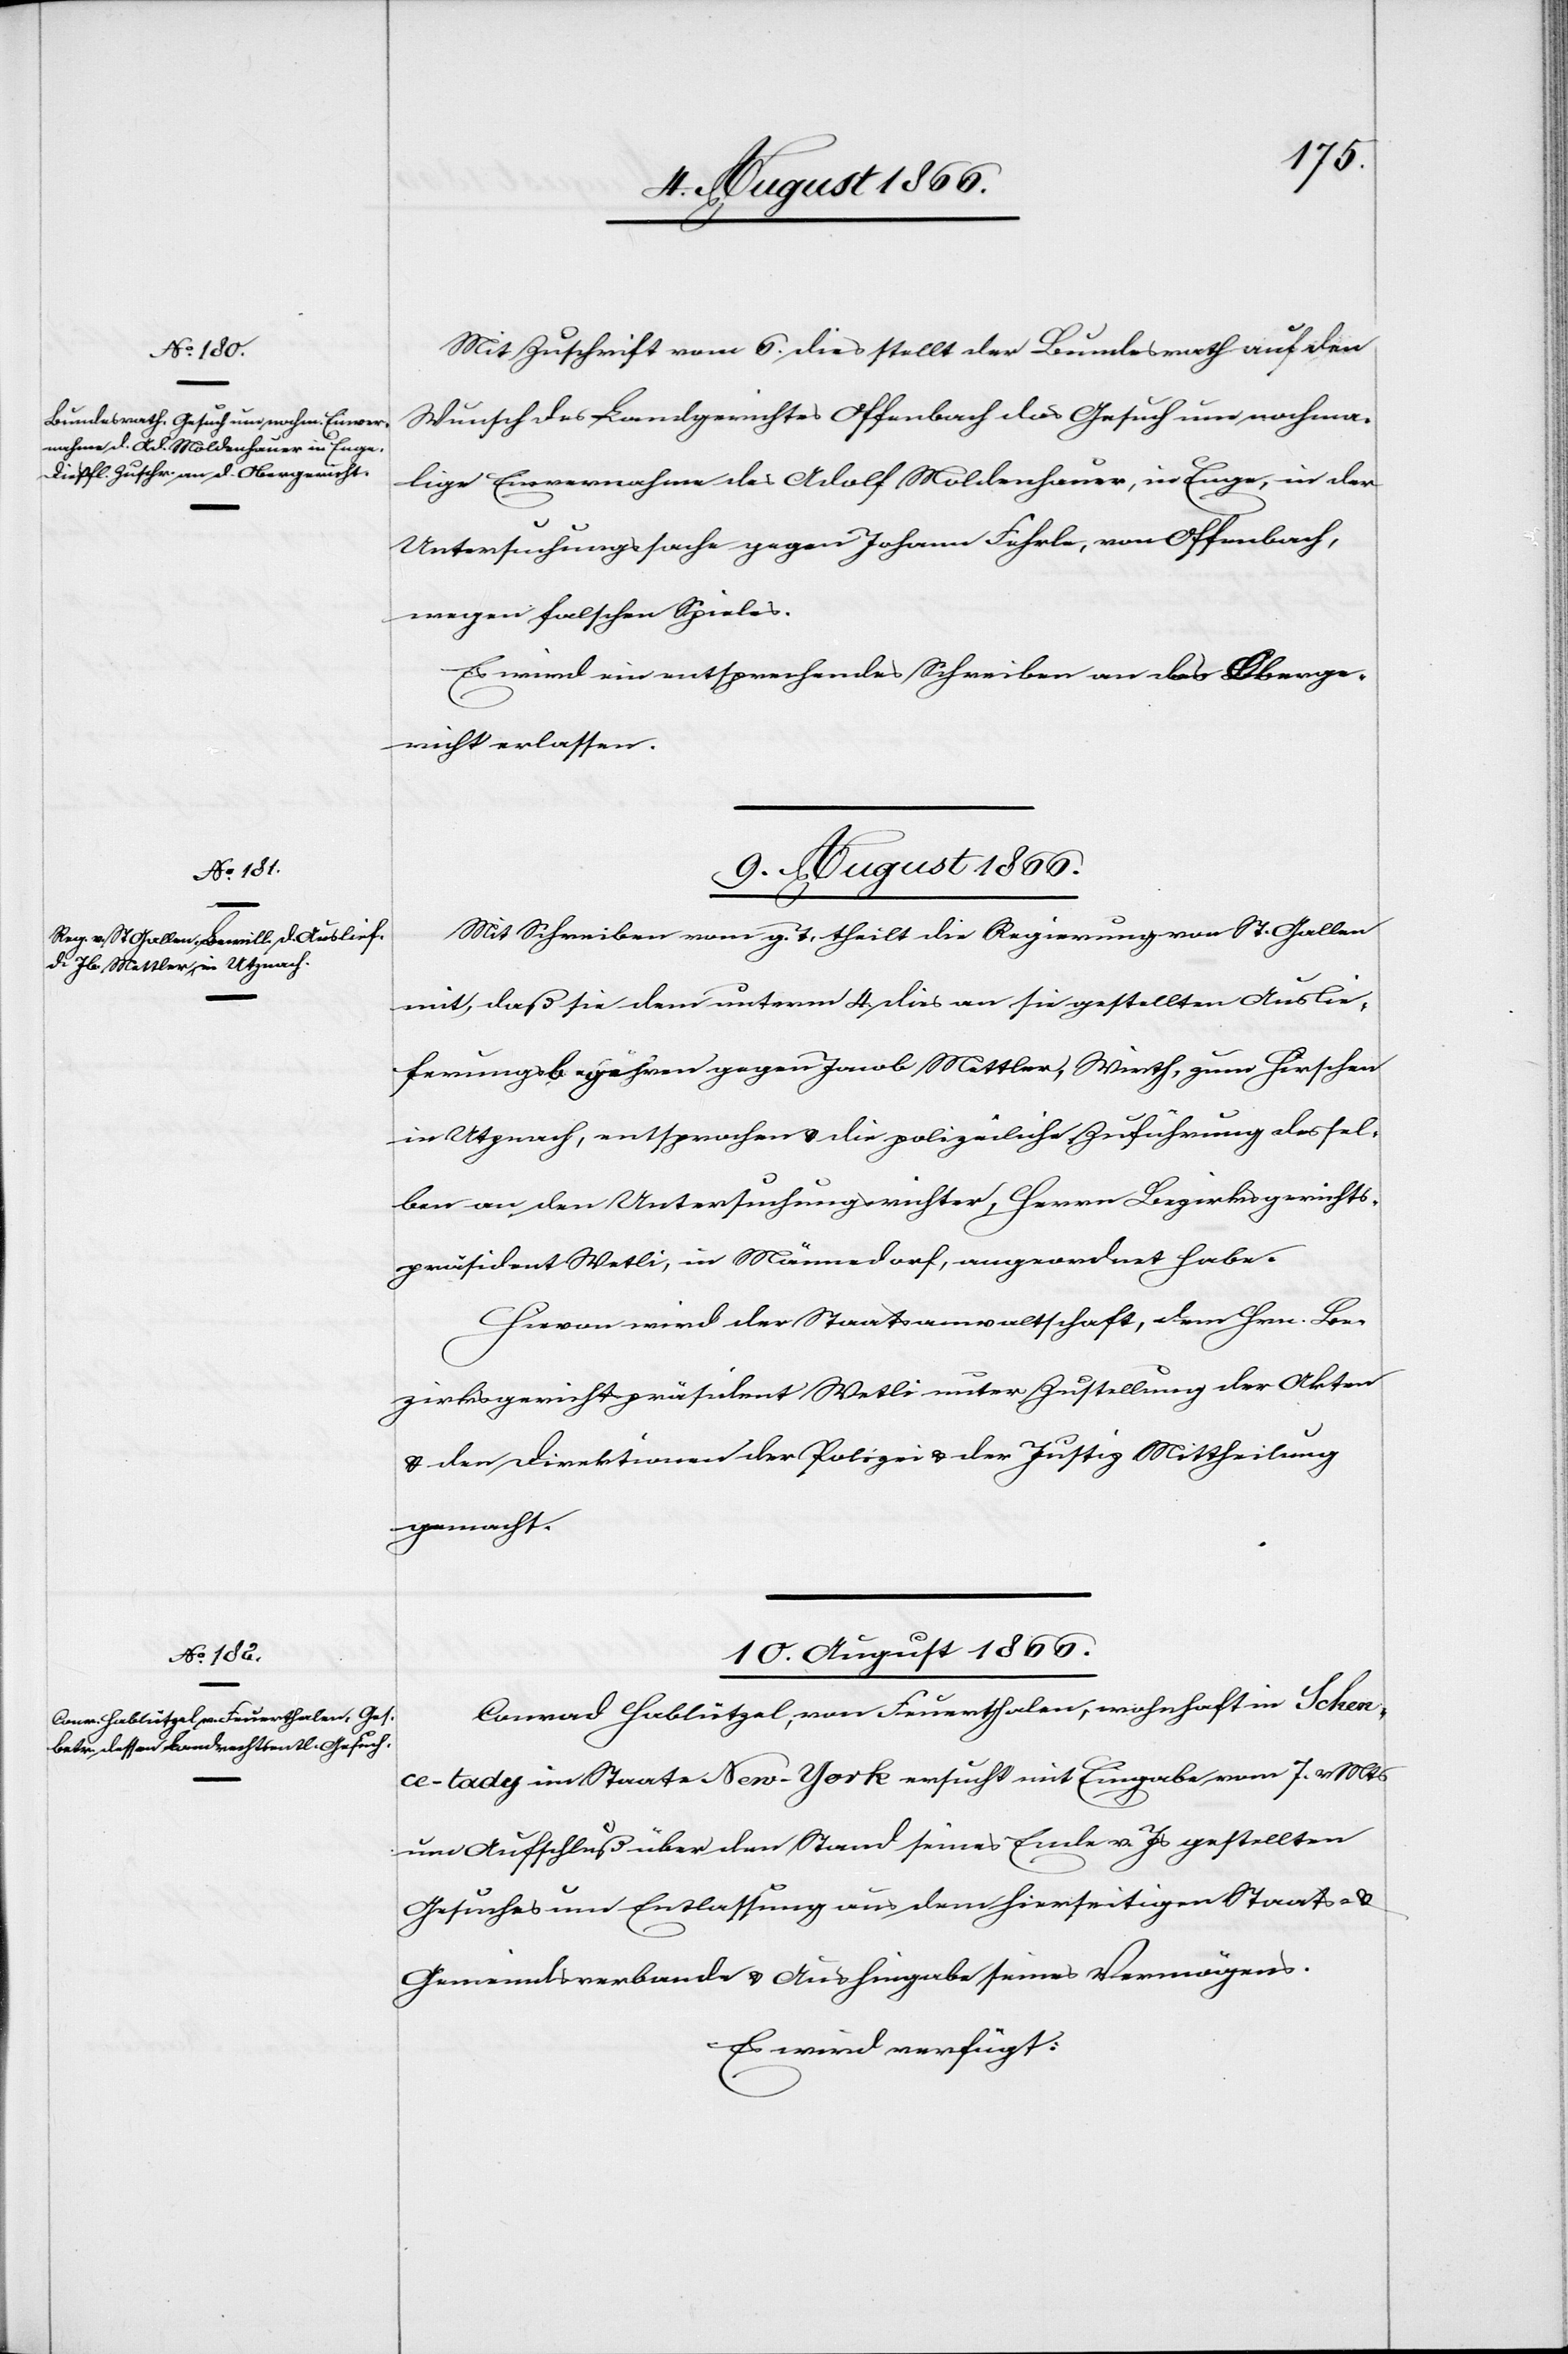
Mit Zuschrift vom 6. dies stellt der Bundesrath auf den
Wunsch des Landgerichtes Offenbach das Gesuch um nochma¬
lige Einvernahme des Adolf Moldenhauer, in Enge, in der
Untersuchungssache gegen Johann Fehrle, von Offenbach,
wegen falschen Spieles.
Es wird ein entsprechendes Schreiben an das Oberge¬
richt erlassen.
Mit Schreiben vom g. T. theilt die Regierung von St. Gallen
mit, daß sie dem unterm 4. dies an sie gestellten Auslie¬
ferungsbegehren gegen Jacob Mettler, Wirth, zum Hirschen
in Utznach, entsprechen u. die polizeiliche Zuführung dessel¬
ben an den Untersuchungsrichter, Herrn Bezirksgerichts¬
präsident Wetli, in Männedorf, angeordnet habe.
Hievon wird der Staatsanwaltschaft, dem Hrn. Be¬
zirksgerichtspräsident Wetli unter Zustellung der Akten
u. den Direktionen der Polizei u. der Justiz Mittheilung
gemacht.
10. August 1866.
Conrad Hablützel, von Feuerthalen, wohnhaft in Schen¬
ce-tady im Staate New-York ersucht mit Eingabe vom 7 v. Mts
um Aufschluß über den Stand seines Ende v. Js gestellten
Gesuches um Entlassung aus dem hierseitigen Staats- u.
Gemeindsverbande u. Aushingabe seines Vermögens.
Es wird verfügt: